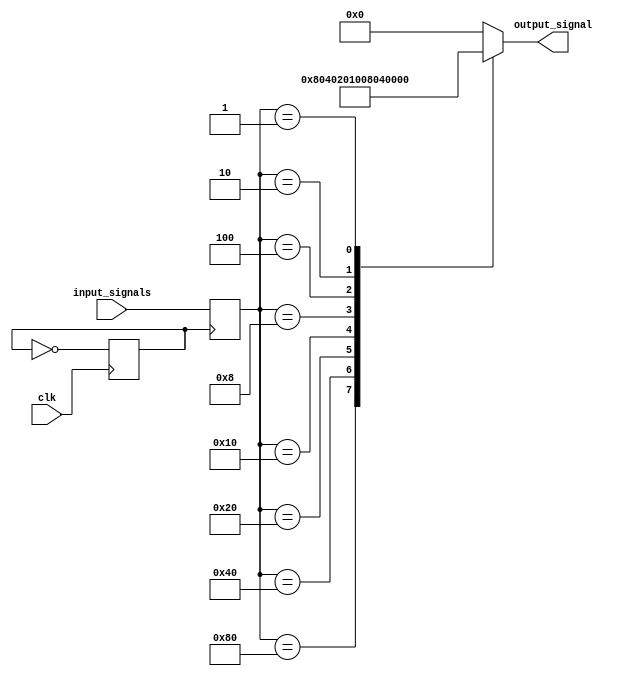
module weighted_arbiter (
    input clk,
    input [7:0] input_signals,
    output reg [7:0] output_signal
);

// Timing Control Block
reg clk_divider;
always @(posedge clk) begin
    clk_divider <= ~clk_divider;
end

// Synchronization Blocks
reg [7:0] synchronized_signals;
always @(posedge clk_divider) begin
    synchronized_signals <= input_signals;
end

// Weighted Arbiter
always @* begin
    case(synchronized_signals)
        8'b10000000: output_signal = 8'b10000000; // Highest priority signal
        8'b01000000: output_signal = 8'b01000000;
        8'b00100000: output_signal = 8'b00100000;
        8'b00010000: output_signal = 8'b00010000;
        8'b00001000: output_signal = 8'b00001000;
        8'b00000100: output_signal = 8'b00000100;
        8'b00000010: output_signal = 8'b00000010;
        8'b00000001: output_signal = 8'b00000001;
        default: output_signal = 8'b00000000; // No valid input signal
    endcase
end

endmodule